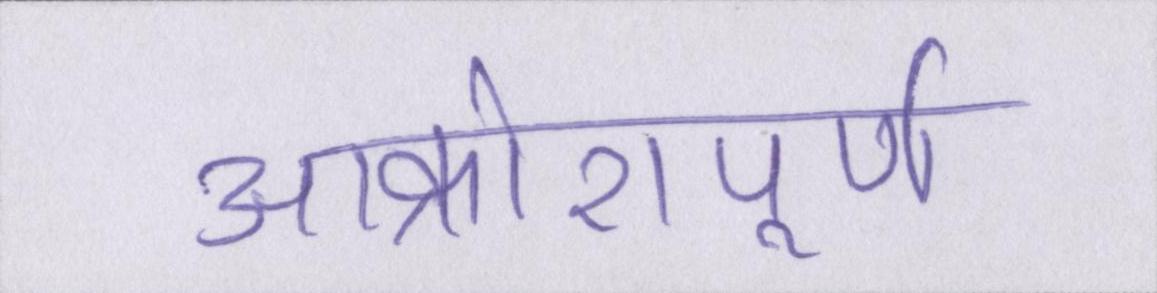
आक्रोशपूर्ण